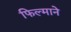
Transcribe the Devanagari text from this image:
फिल्‍माने